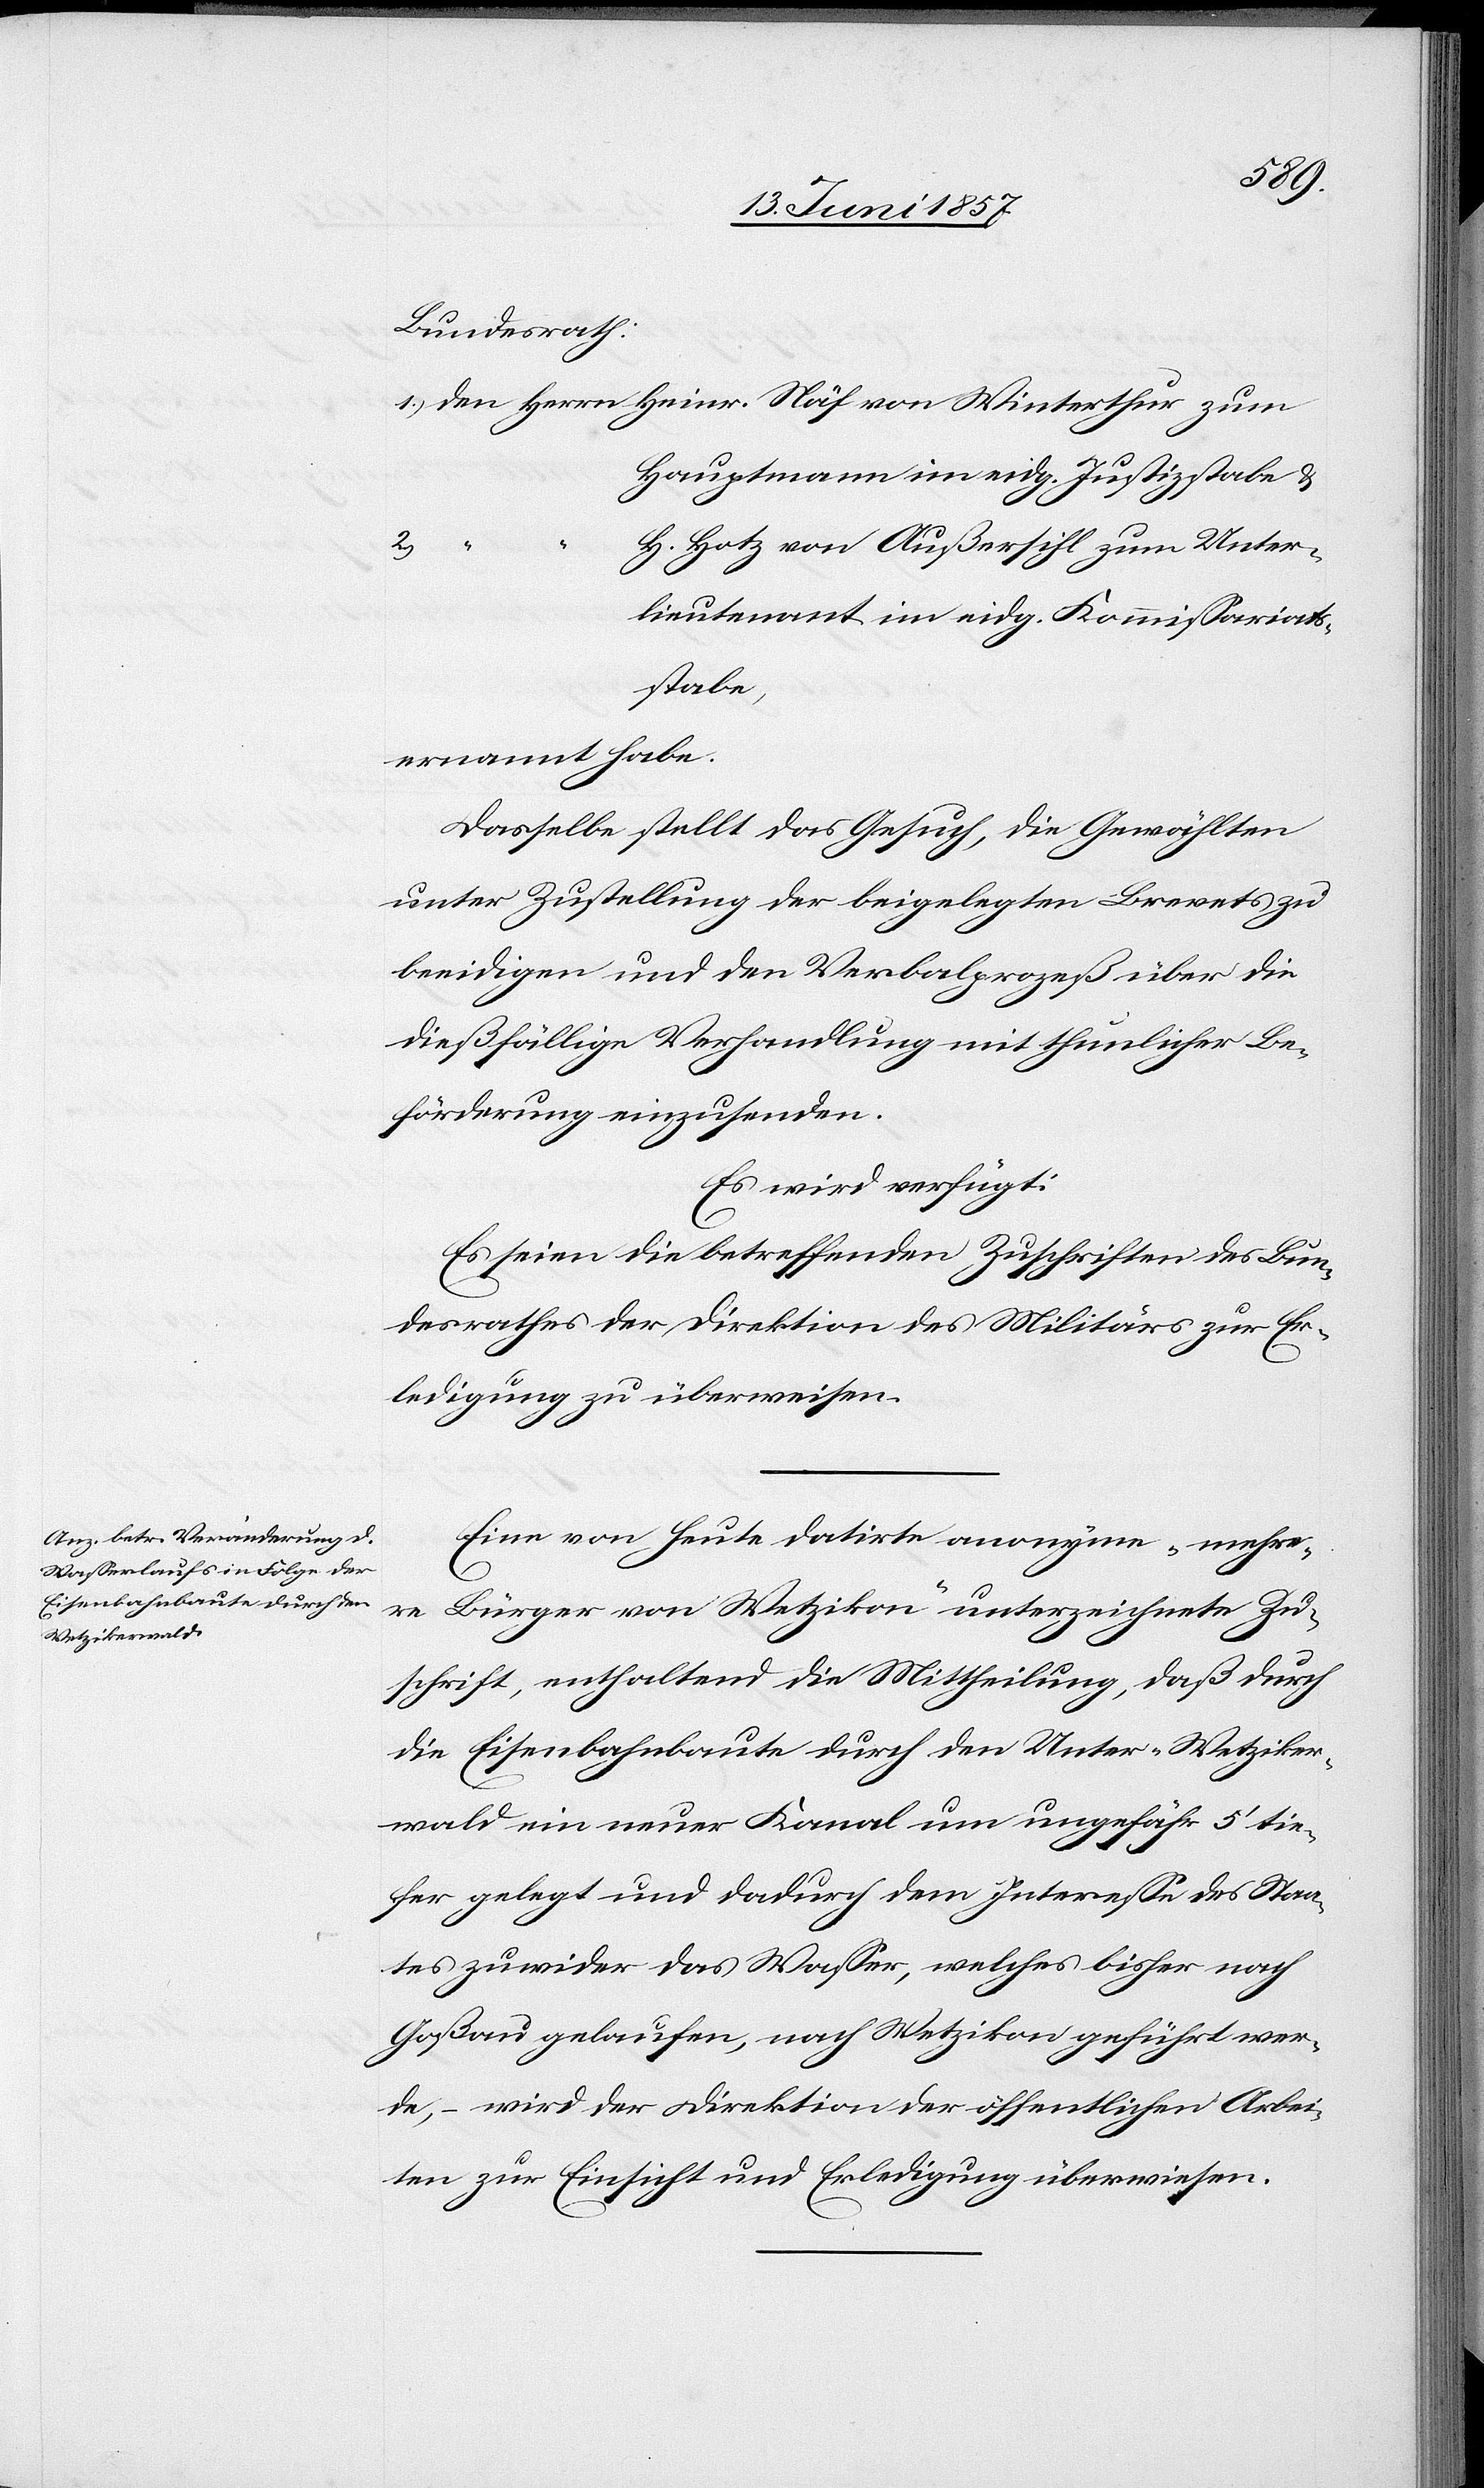
15 Juni 1857.]
Bundesrath:
1.) den Herrn Heinr. Näf von Winterthur zum
Hauptmann im eidg. Justizstabe &
H. Hotz von Außersihl zum Unter¬
2.)
lieutnant im eidg. Kommissariats¬
stabe,
ernannt habe.
Dasselbe stellt das Gesuch, die Gewählten
unter Zustellung der beigelegten Brevets zu
beeidigen und den Verbalprozeß über die
dießfällige Verhandlung mit thunlicher Be¬
förderung einzusenden.
Es wird verfügt:
Es seien die betreffenden Zuschriften des Bun¬
desrathes der Direktion des Militärs zur Er¬
ledigung zu überweisen.
Eine von heute datirte anonyme „mehre¬
re
Bürger von Wetzikon“ unterzeichnete Zu¬
schrift, enthaltend die Mittheilung, daß durch
die Eisenbahnbaute durch den Unter-Wetziker¬
wald ein neuer Kanal um ungefähr 5’ tie¬
fer gelegt und dadurch dem Interesse des Staa¬
tes zuwider das Wasser, welches bisher nach
Goßau gelaufen, nach Wetzikon geführt wer¬
de, – wird der Direktion der öffentlichen Arbei¬
ten zur Einsicht und Erledigung überwiesen.